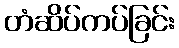
တံဆိပ်ကပ်ခြင်း